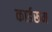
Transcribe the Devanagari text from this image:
कार्डरूम